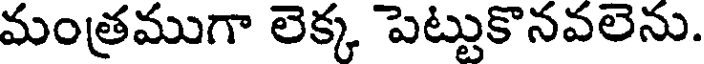
మంత్రముగా లెక్క పెట్టుకొనవలెను.